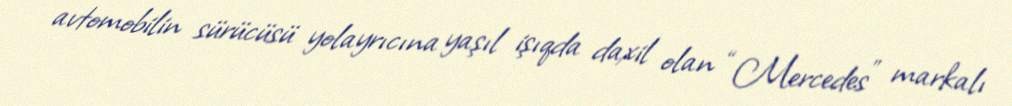
avtomobilin sürücüsü yolayrıcına yaşıl işıqda daxil olan “Mercedes” markalı